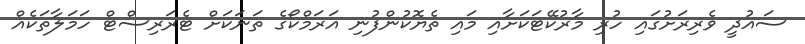
ސައުދީ ވެރިރަށުގައި ހުރި މާރުކޭޓަކަށާއި މައި ތެޔޮކުންފުނި އަރަމްކޯގެ ތަނަކަށް ޓެރަރިސްޓް ހަމަލާތަކެއް